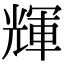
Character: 輝